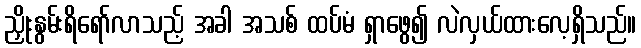
ညှိုးနွမ်းရိရော်လာသည့် အခါ အသစ် ထပ်မံ ရှာဖွေ၍ လဲလှယ်ထားလေ့ရှိသည်။